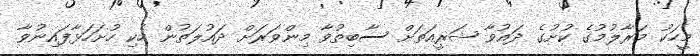
މީހަކު މަރާލުމުގެ ކުށުގެ ދައުވާ ޝަރީއަތަށް ސާބިތުވާ މިންވަރަށް ދައުލަތުން ހެކި ހުށަހަޅާފައިނުވާ